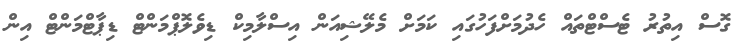
ގޮސް އިތުރު ޓެސްޓްތައް ހެދުމަށްފަހުގައި ކަމަށް މެލޭޝިއަން އިސްލާމިކް ޑިވެލޮޕްމަންޓް ޑިޕާޓްމަންޓް އިން